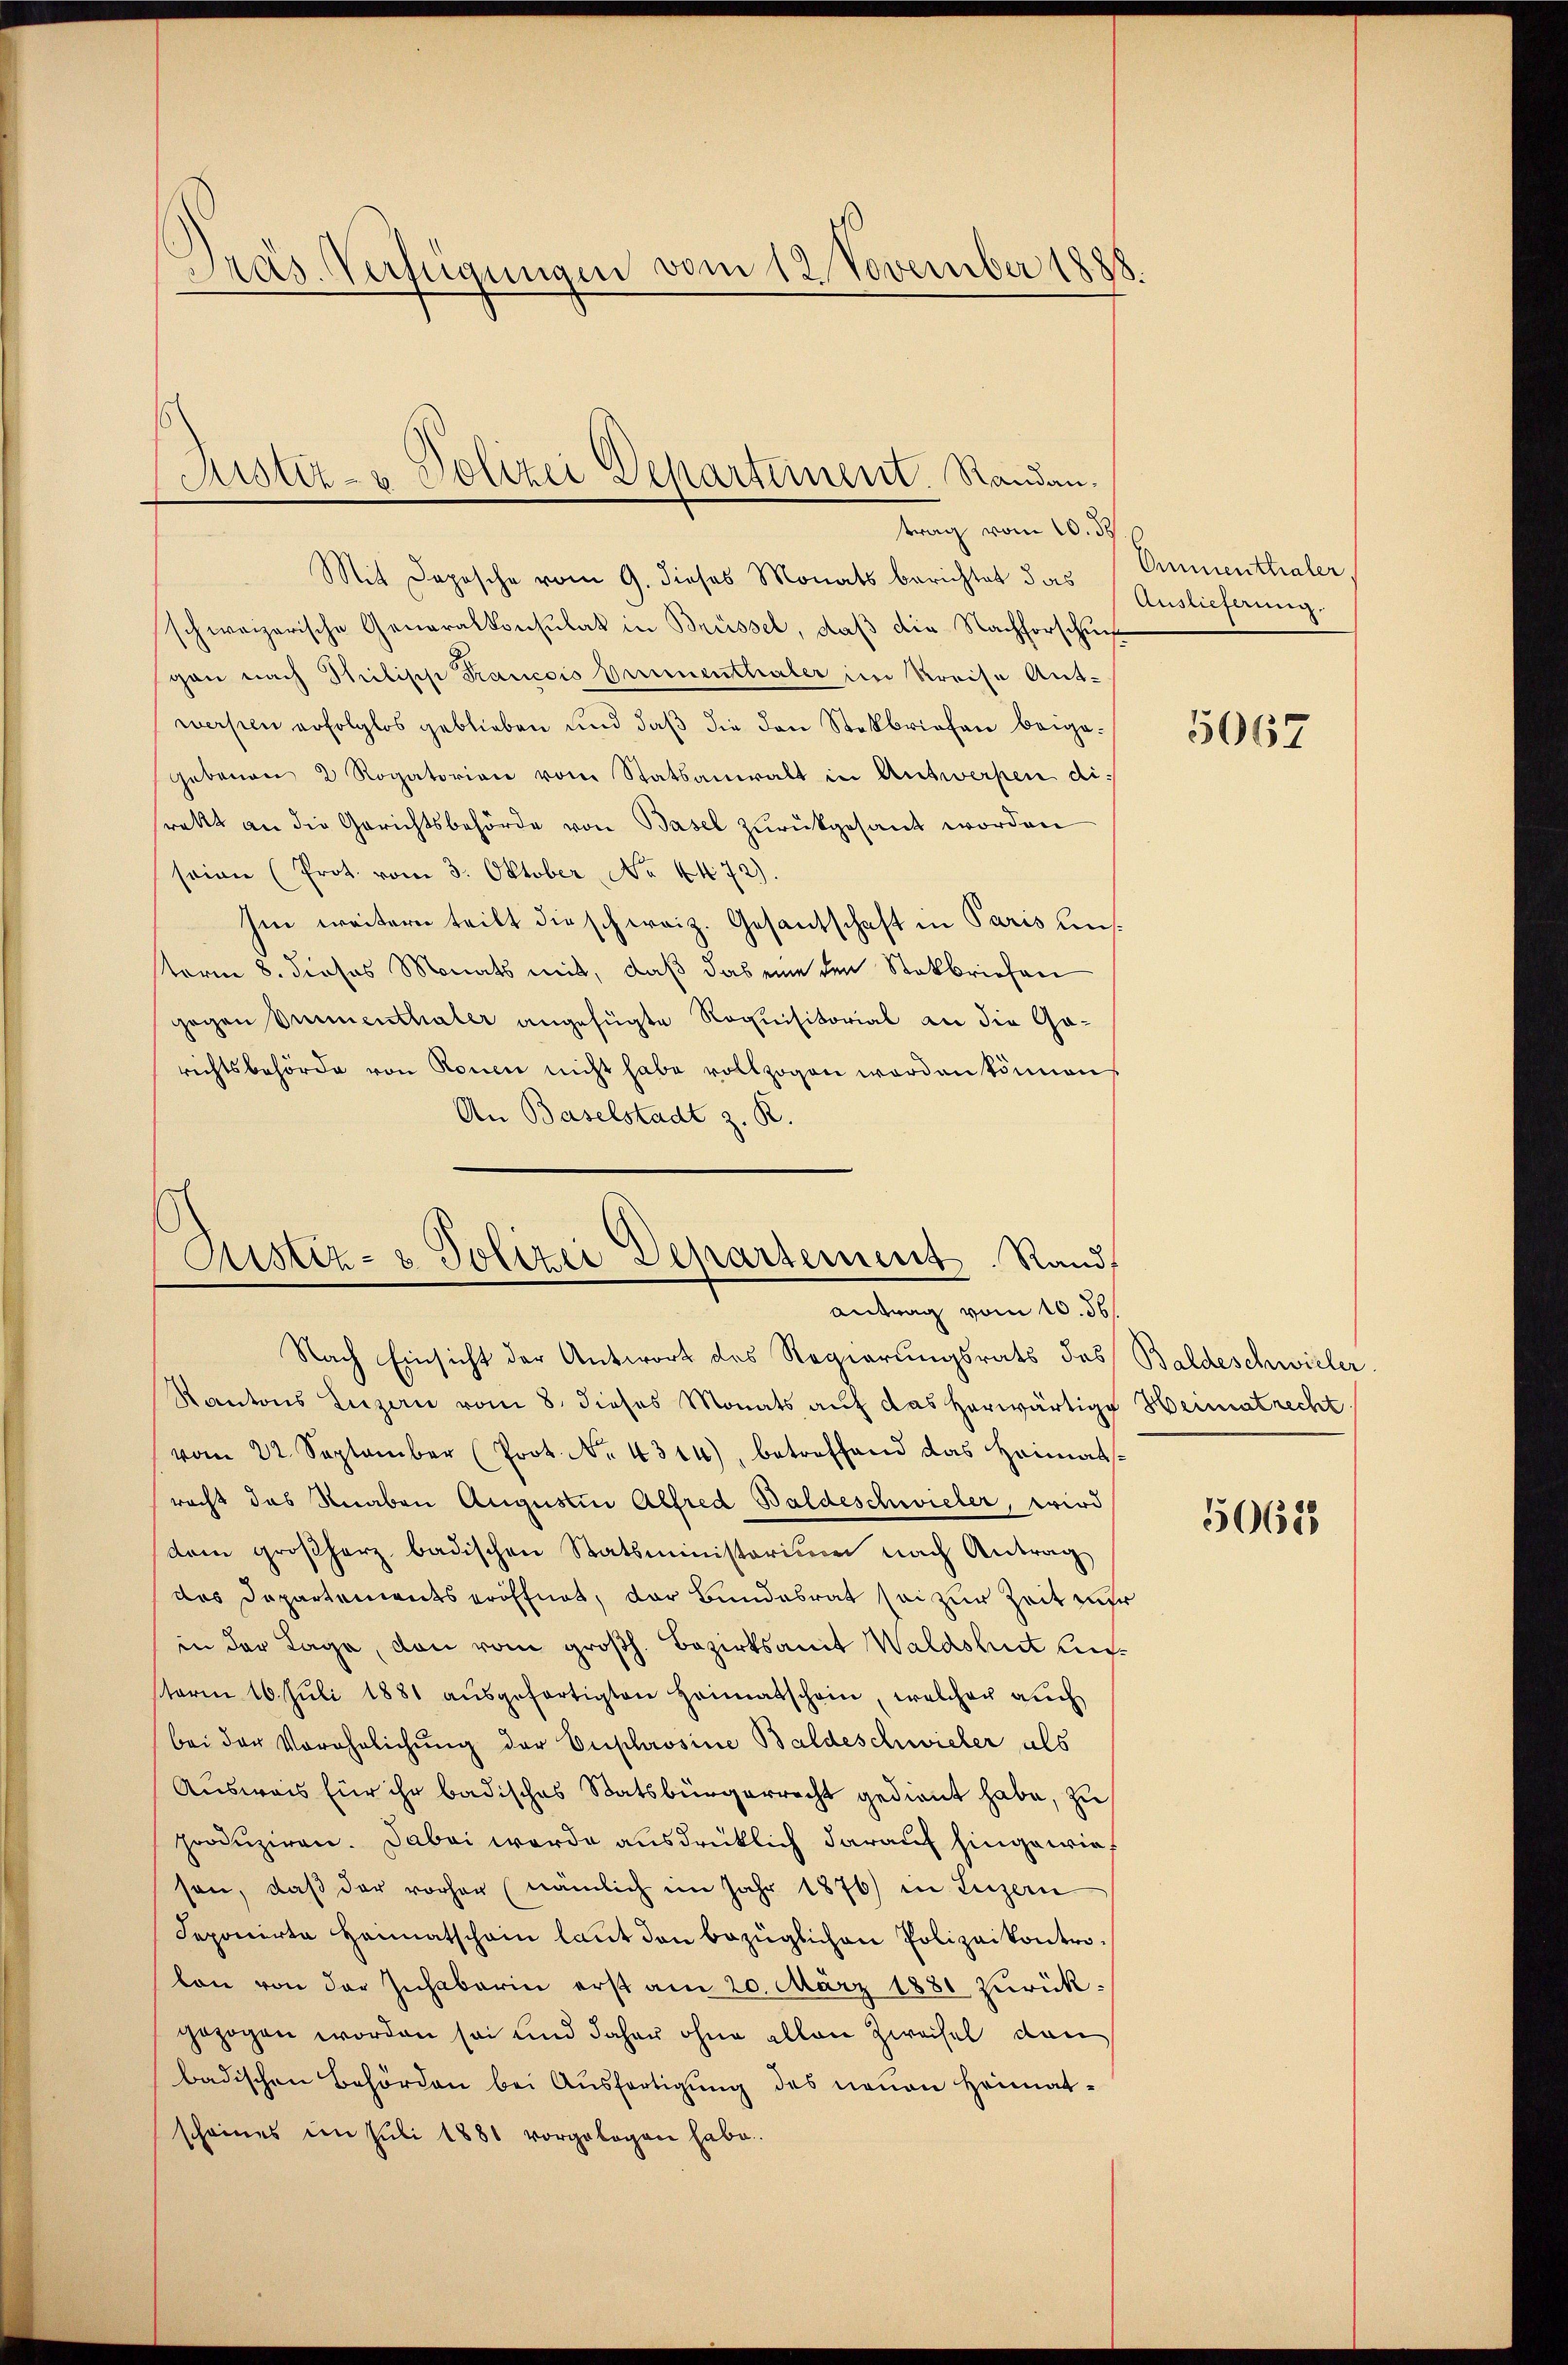
Pras. Verfügungen vom 12. November 1888.

(Justiz- u Polizei Departement. Randau.
trag vom 10. ds

Justiz- & Polizei Departement Rand
antrag vom 10. 56.

Mit Depesche vom 9. dieses Monats berichtet das Emmenthaler
schweizerische Generalkonsulat in Brüssel, daß die Nachforschung
gon nach Milisch Francois Brunnenthaler im Kreise Ant-
wersten erfolglos geblieben und daß die den Stokbriefen beigegebenen 2 Rogatorien vom Statsanwalt in Antwerpen direkt an die Gerichtsbehörde von Basel zurückgesandt worden
seiner (Prot. vom 3. Oktober No. 4472).
hin weitern teilt die schweiz. Gesandtschaft in Paris Kinterm 8. Jiosos Monats mit, daß das eine den Stokbriefen
gegen binnenthaler angefügte Roquisitorial an die Garichtsbehörde von Ronen nicht habe vollzogen worden können
An Baselstadt z. R.

Nach Einsicht der Antwort des Regierungsrats des Baldeschwieler
Kantons Luzern vom 8. dieses Monats auf das herwärtige Heimatrecht
vom 22. September (Prot. No. 4314), betreffend das Heimats-
racht das Knaben Augustin Alfred Baldeschwieler, wird
dem großherz badischen Statsministerium nach Antrag
das Departementseröffnet, der Bundesrat sei zur Zeit zur
in der Lage, den vom großh. Bezirksamt Waldshut sichsterm 16. Juli 1881 aŭsgefertigten Heimatschein, welcher auch
bei der Verehrlichung der Euphrosine Baldeschwieler als
Ausweis für ihr badisches Statsbürgerrecht gedient habe, zu
produziren. Dabei werde ausdrücklich darauf hingewiesen, daß der vorher (nämlich im Jahr 1876) in Luzern
Seponirte Heimatschein laŭt den bezüglichen Polizeikontro-
bon von der Zuhaberin erst am 20. März 1881 zurückgezogen worden sei und daher ohne allen Zweifel den
badischen Behörden bei Ausfertigung des neuen Heimat-
scheines im Juli 1888 vorgebogen habe.

Auslieferung

5067

50628